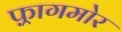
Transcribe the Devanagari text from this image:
फ़्रागमोर